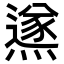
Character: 鿪